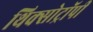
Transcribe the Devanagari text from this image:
थिक्सोट्रॉपी